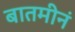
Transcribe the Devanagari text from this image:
बातमीनं